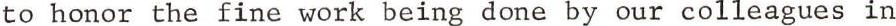
to honor the fine work being done by our colleagues in